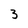
Character: 3